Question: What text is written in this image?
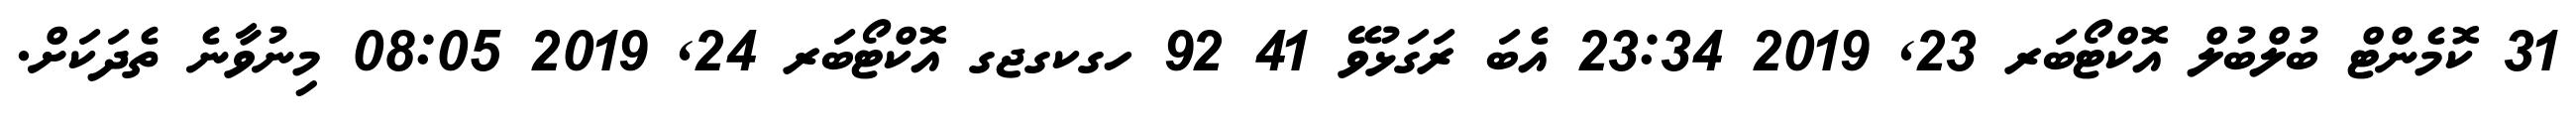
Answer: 31 ކޮމެންޓް ބުލްބުލް އޮކްޓޯބަރ 23, 2019 23:34 އެބަ ރަގަޅުވޭ 41 92 ހގކގޖގ އޮކްޓޯބަރ 24, 2019 08:05 މިނުވާނެ ތެދަކަށް.